Scottish Leaving Certificate Examination, 1952
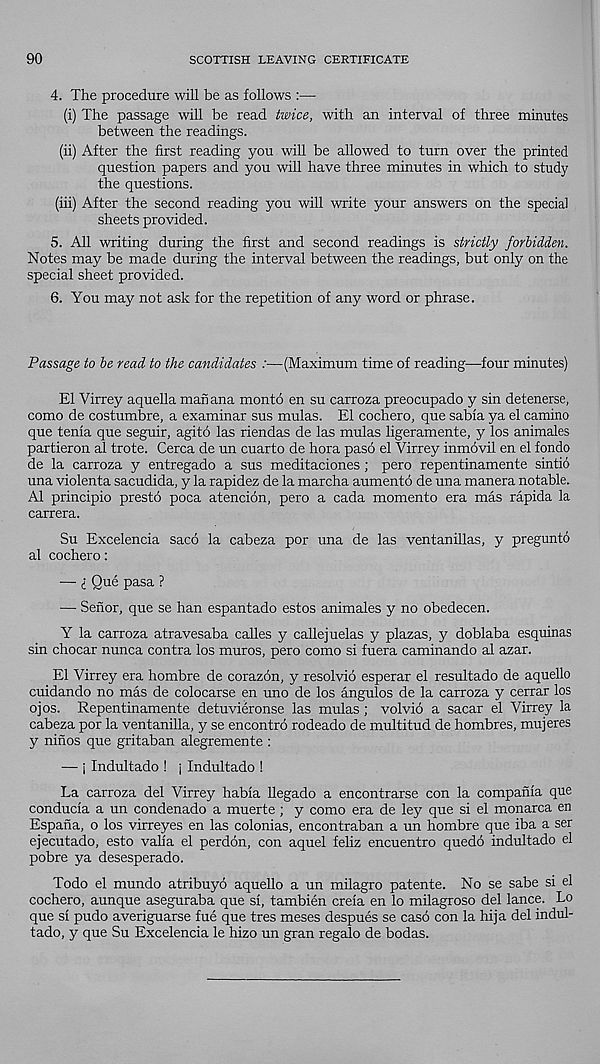
90
SCOTTISH LEAVING CERTIFICATE
4. The procedure will be as follows :—•
(i) The passage will be read twice, with an interval of three minutes
between the readings.
(ii) After the first reading you will be allowed to turn over the printed
question papers and you will have three minutes in which to study
the questions.
(hi) After the second reading you will write your answers on the special
sheets provided.
5. All writing during the first and second readings is strictly forbidden.
Notes may be made during the interval between the readings, but only on the
special sheet provided.
6. You may not ask for the repetition of any word or phrase.
Passage to be read to the candidates :—(Maximum time of reading—four minutes)
El Virrey aquella man ana monto en su carroza preocupado y sin detenerse,
como de costumbre, a examinar sus mulas. El cochero, que sabia ya el camino
que tenia que seguir, agito las riendas de las mulas ligeramente, y los animales
partieron al trote. Cerca de un cuarto de hora paso el Virrey inmovil en el fondo
de la carroza y entregado a sus meditaciones ; pero repentinamente sintid
una violenta sacudida, y la rapidez de la marcha aumento de una manera notable.
Al principio presto poca atencion, pero a cada momento era mas rapida la
carrera.
Su Excelencia sacd la cabeza por una de las ventanillas, y preguntd
al cochero:
— i Que pasa ?
— Senor, que se han espantado estos animales y no obedecen.
Y la carroza atravesaba calles y callejuelas y plazas, y doblaba esquinas
sin chocar nunca contra los muros, pero como si fuera caminando al azar.
El Virrey era hombre de corazon, y resolvid esperar el resultado de aquello
cuidando no mas de colocarse en uno de los angulos de la carroza y cerrar los
ojos. Repentinamente detuvieronse las mulas ; volvio a sacar el Virrey la
cabeza por la ventanilla, y se encontro rodeado de multitud de hombres, mujeres
y ninos que gritaban alegremente :
— i Indultado ! | Indultado !
La carroza del Virrey habia llegado a encontrarse con la compania que
conducia a un condenado a muerte; y como era de ley que si el monarca en
Espana, o los virreyes en las colonias, encontraban a un hombre que iba a ser
ejecutado, esto vah'a el perdon, con aquel feliz encuentro quedo indultado el
pobre ya desesperado.
Todo el mundo atribuyo aquello a un milagro patente. No se sabe si el
cochero, aunque aseguraba que si, tambien creia en lo milagroso del lance. Lo
que si pudo averiguarse fue que tres meses despues se caso con la hija del indul-
tado, y que Su Excelencia le hizo un gran regalo de bodas.